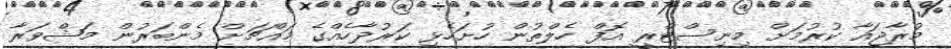
މުރާޖައާ ކުރުމަށް މިނިސްޓްރީ އޮފް ހެލްތުން ހުށަހެޅި ކަރުދާހެއްގެ މައްޗަށް މެންބަރުން މަޝްވަރާ